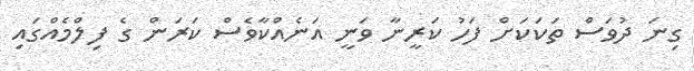
ގިނަ ދުވަސް ތަކަކަށް ފަހު ކަރީނާ ވަނީ އަނެއްކާވެސް ކަރަން ގެ ފިލްމެއްގައި